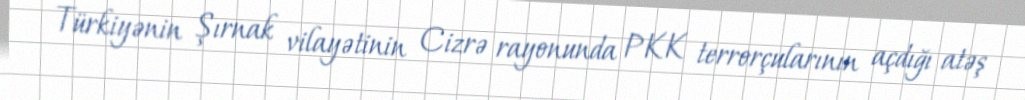
Türkiyənin Şırnak vilayətinin Cizrə rayonunda PKK terrorçularının açdığı atəş